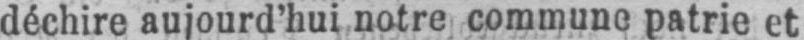
déchire aujourd’hui notre commune patrie et